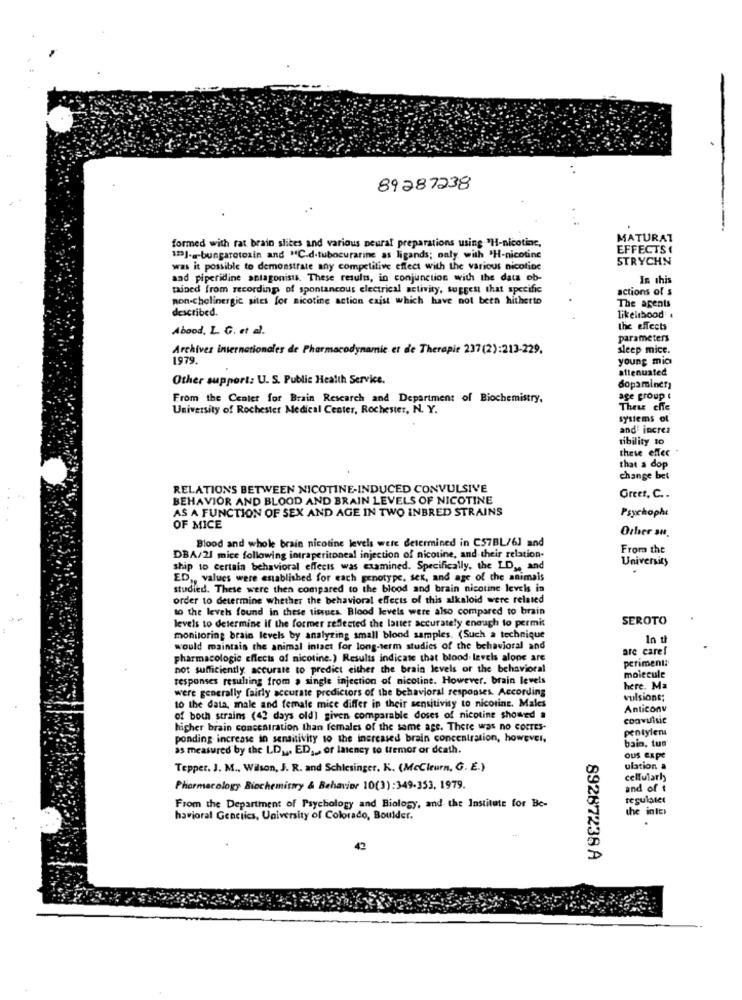
89287238
formed with rat brain slices and various neural preparations using "H-nicotine,
MATURAT
EFFECTS
12]-@-bungarotoxin and "C.d.tubocurarine as ligands; only with "H-nicotine
STRYCHN
was it possible to demonstrate any competitive effect with the various nicotine
and piperidine antagonists. These results, in conjunction with the data ob-
In this
tained from recording of spontancous electrical activity, suggest that specific
actions of s
non-cholinergic sites for nicotine action exist which have not been hitherto
The agents
described.
likelihood
Abood, L. G. et al.
the effects
parameters
Archives internationales de Pharmacodynamie et de Therapie 237(2):213-229.
sleep mice.
1979.
young mic
attenuated
Other support: U. S. Public Health Service.
dopaminer,
From the Center for Brain Research and Department of Biochemistry,
age group t
University of Rochester Medical Center, Rochester, N. Y.
These effe
systems ol
and increz
tibility to
these effec
that a dop
change bet
RELATIONS BETWEEN NICOTINE-INDUCED CONVULSIVE
BEHAVIOR AND BLOOD AND BRAIN LEVELS OF NICOTINE
Greer, C. .
AS A FUNCTION OF SEX AND AGE IN TWO INBRED STRAINS
Psychophe
OF MICE
Orber sN.
Blood and whole brain nicotine levels were determined in C57BL/61 and
From the
DBA/21 mice following intraperitoneal injection of nicotine, and their relation.
University
ship to certain behavioral effects was examined. Specifically, the LD ,, and
ED ,, values were established for each genotype. sex, and age of the animais
studied. These were then compared to the blood and brain nicotine levels in
order to determine whether the behavioral effects of this alkaloid were related
to the levels found in these tissues. Blood levels were also compared to brain
SEROTO
levels to determine if the former reflected the latter accurately enough to permit
monitoring brain levels by analyzing small blood samples. (Such a technique
would maintain the animal intact for long-term studies of the behavioral and
are carel
pharmacologic effects of nicotine.) Results indicate that blood levels alone are
periment:
not sufficiently accurate to predict either the brain levels of the behavioral
responses resulting from a single injection of nicotine. However. brain levels
molecule
were generally fairly accurate predictors of the behavioral responses. According
here. Ma
vulsions;
to the data, male and female mice differ in their sensitivity to nicotine. Males
Anticonv
of both strains (42 days old) given comparable doses of nicotine showed #
higher brain concentration than females of the same age. There was no corres-
pentylen
ponding increase in sensitivity to the increased brain concentration, however,
bain, tun
as measured by the LD ,,. ED, , or latency to tremor or death.
ous expe
Tepper. J. M ., Wilson, J. R. and Schlesinger. K. (McCleurn, G. E.)
00
ulation a
cellularh
Pharmacology Biochemistry & Behavior 10(3):349-353, 1979.
and of t
regulsier
From the Department of Psychology and Biology, and the Institute for Be-
the inter
havioral Genciics, University of Colorado, Boulder.
42
D
89287238 A